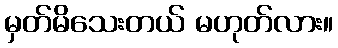
မှတ်မိသေးတယ် မဟုတ်လား။